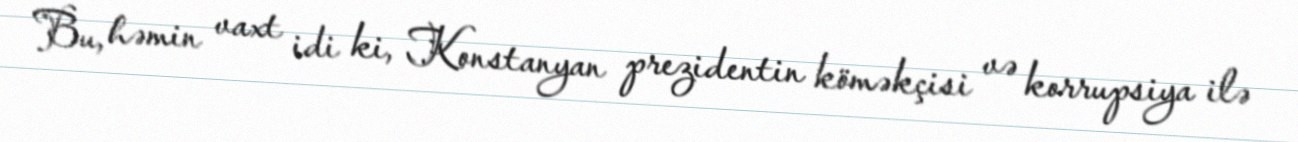
Bu, həmin vaxt idi ki, Konstanyan prezidentin köməkçisi və korrupsiya ilə